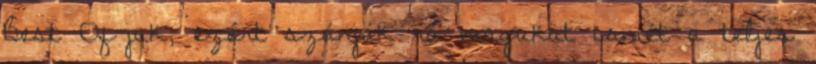
Best Of-juk, ezért szánják rá magukat ismét a teljes